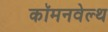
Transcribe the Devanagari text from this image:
कॉमनवेल्‍थ